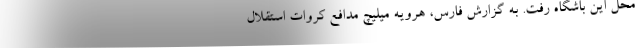
محل این باشگاه رفت. به گزارش فارس، هرویه میلیچ مدافع کروات استقلال